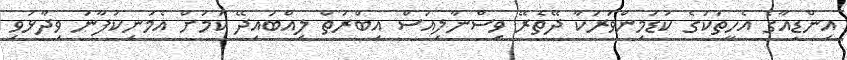
އިންޑިއާގެ އެހީތަކުގެ ކުޑަމިންވަރަކާ ދޭތެރޭ ވިސްނާލިއަސް އިބްރަތް ލިއްބައިދޭ ކަމަށް އެމަނިކުފާނު ވިދާޅުވި